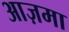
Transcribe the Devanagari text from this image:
आज़मा